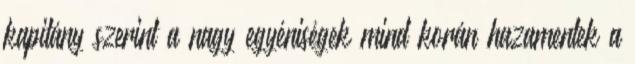
kapitány szerint a nagy egyéniségek mind korán hazamentek a